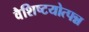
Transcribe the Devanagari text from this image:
वैशिष्टयोत्पन्न